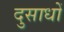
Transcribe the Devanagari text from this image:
दुसाधों